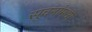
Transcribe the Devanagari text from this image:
सूचनांमध्ये